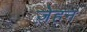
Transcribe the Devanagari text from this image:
ज़ेहन